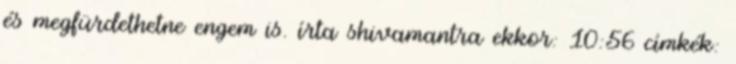
és megfürdethetne engem is. írta shivamantra ekkor: 10:56 címkék: